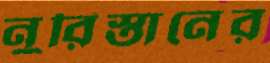
নুরিস্তানের